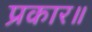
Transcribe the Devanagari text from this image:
प्रकार॥